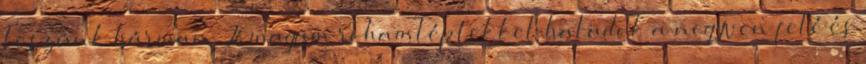
leszünk hárman. Jómagam rohamléptekkel haladok a negyven felé és